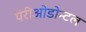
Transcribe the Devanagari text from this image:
पेरीओडोन्टल